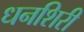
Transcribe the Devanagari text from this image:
धनशिरी